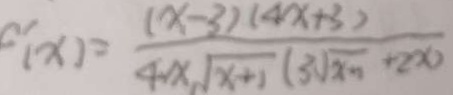
c ^ { \prime } ( x ) = \frac { ( x - 3 ) ( 4 x + 3 ) } { 4 x \sqrt { x + 1 } ( 3 \sqrt { x - 1 } + 2 x }